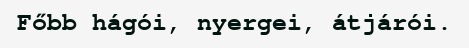
Főbb hágói, nyergei, átjárói.